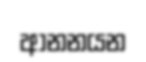
ආනනයන